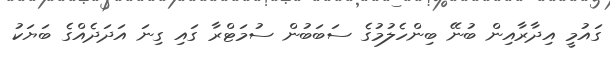
ގައުމީ އިދާރާއިން ބުނޭ ބިންހެލުމުގެ ސަބަބުން ސުމަޓްރާ ގައި ގިނަ އަދަދެއްގެ ބަޔަކު